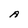
Character: A